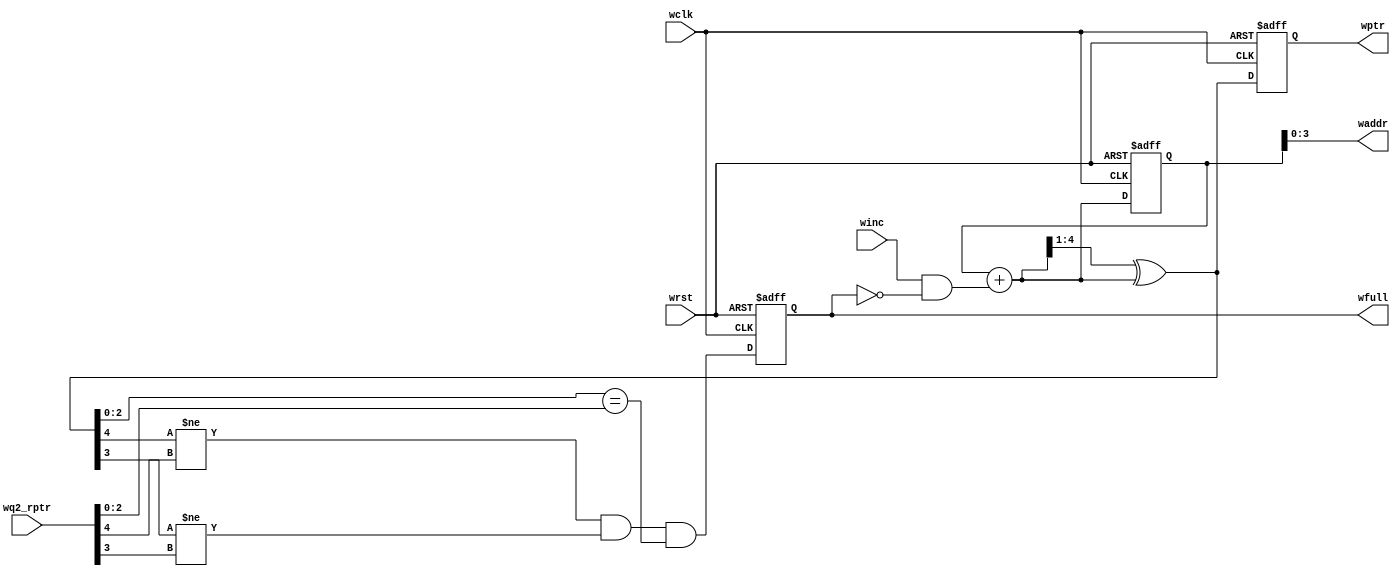
`timescale 1ns / 1ps
//////////////////////////////////////////////////////////////////////////////////
// Company: 
// Engineer: 
// 
// Design Name: 
// Module Name: wptr_full
// Project Name: 
// Target Devices: 
// Tool Versions: 
// Description: 
// 
// Dependencies: 
// 
// Revision:
// Revision 0.01 - File Created
// Additional Comments:
// 
//////////////////////////////////////////////////////////////////////////////////



module wptr_full #(parameter address_width = 4)
(output reg wfull,
output[address_width-1:0] waddr,
output reg [address_width:0] wptr,
input[address_width :0] wq2_rptr,
input   winc, wclk , wrst); 

reg [address_width:0] wbin;
wire [address_width:0] wgray_next,wbin_next;
wire wfull_value ;

always @(posedge wclk, posedge wrst)
   if(wrst)
	  {wbin, wptr} <= 0 ;
	 else
	 {wbin,wptr} <= {wbin_next,wgray_next};
	 
assign waddr = wbin[address_width-1:0];

assign wbin_next = wbin +(winc & ~wfull);

assign wgray_next = (wbin_next>>1)^wbin_next ;


assign  wfull_value =(wgray_next[address_width] !=wq2_rptr[address_width])  &&
                      (wgray_next[address_width-1] !=wq2_rptr[address_width-1]) &&
							 (wgray_next[address_width-2:0] ==wq2_rptr[address_width-2:0]);
							 
always @(posedge wclk  or posedge wrst)
   if(wrst)
	   wfull <= 1'b0 ;
	else 
	 wfull <= wfull_value ;
 
endmodule